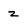
Character: z